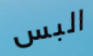
البس